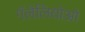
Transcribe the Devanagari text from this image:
गॅलेलियोओ